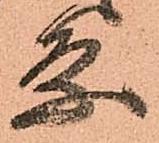
条